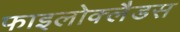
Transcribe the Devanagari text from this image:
फाइलोक्लैडस